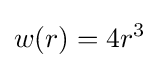
w(r)=4r^{3}